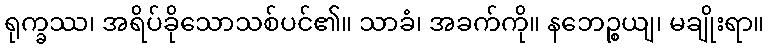
ရုက္ခဿ၊ အရိပ်ခိုသောသစ်ပင်၏။ သာခံ၊ အခက်ကို။ နဘေဉ္စယျ၊ မချိုးရာ။